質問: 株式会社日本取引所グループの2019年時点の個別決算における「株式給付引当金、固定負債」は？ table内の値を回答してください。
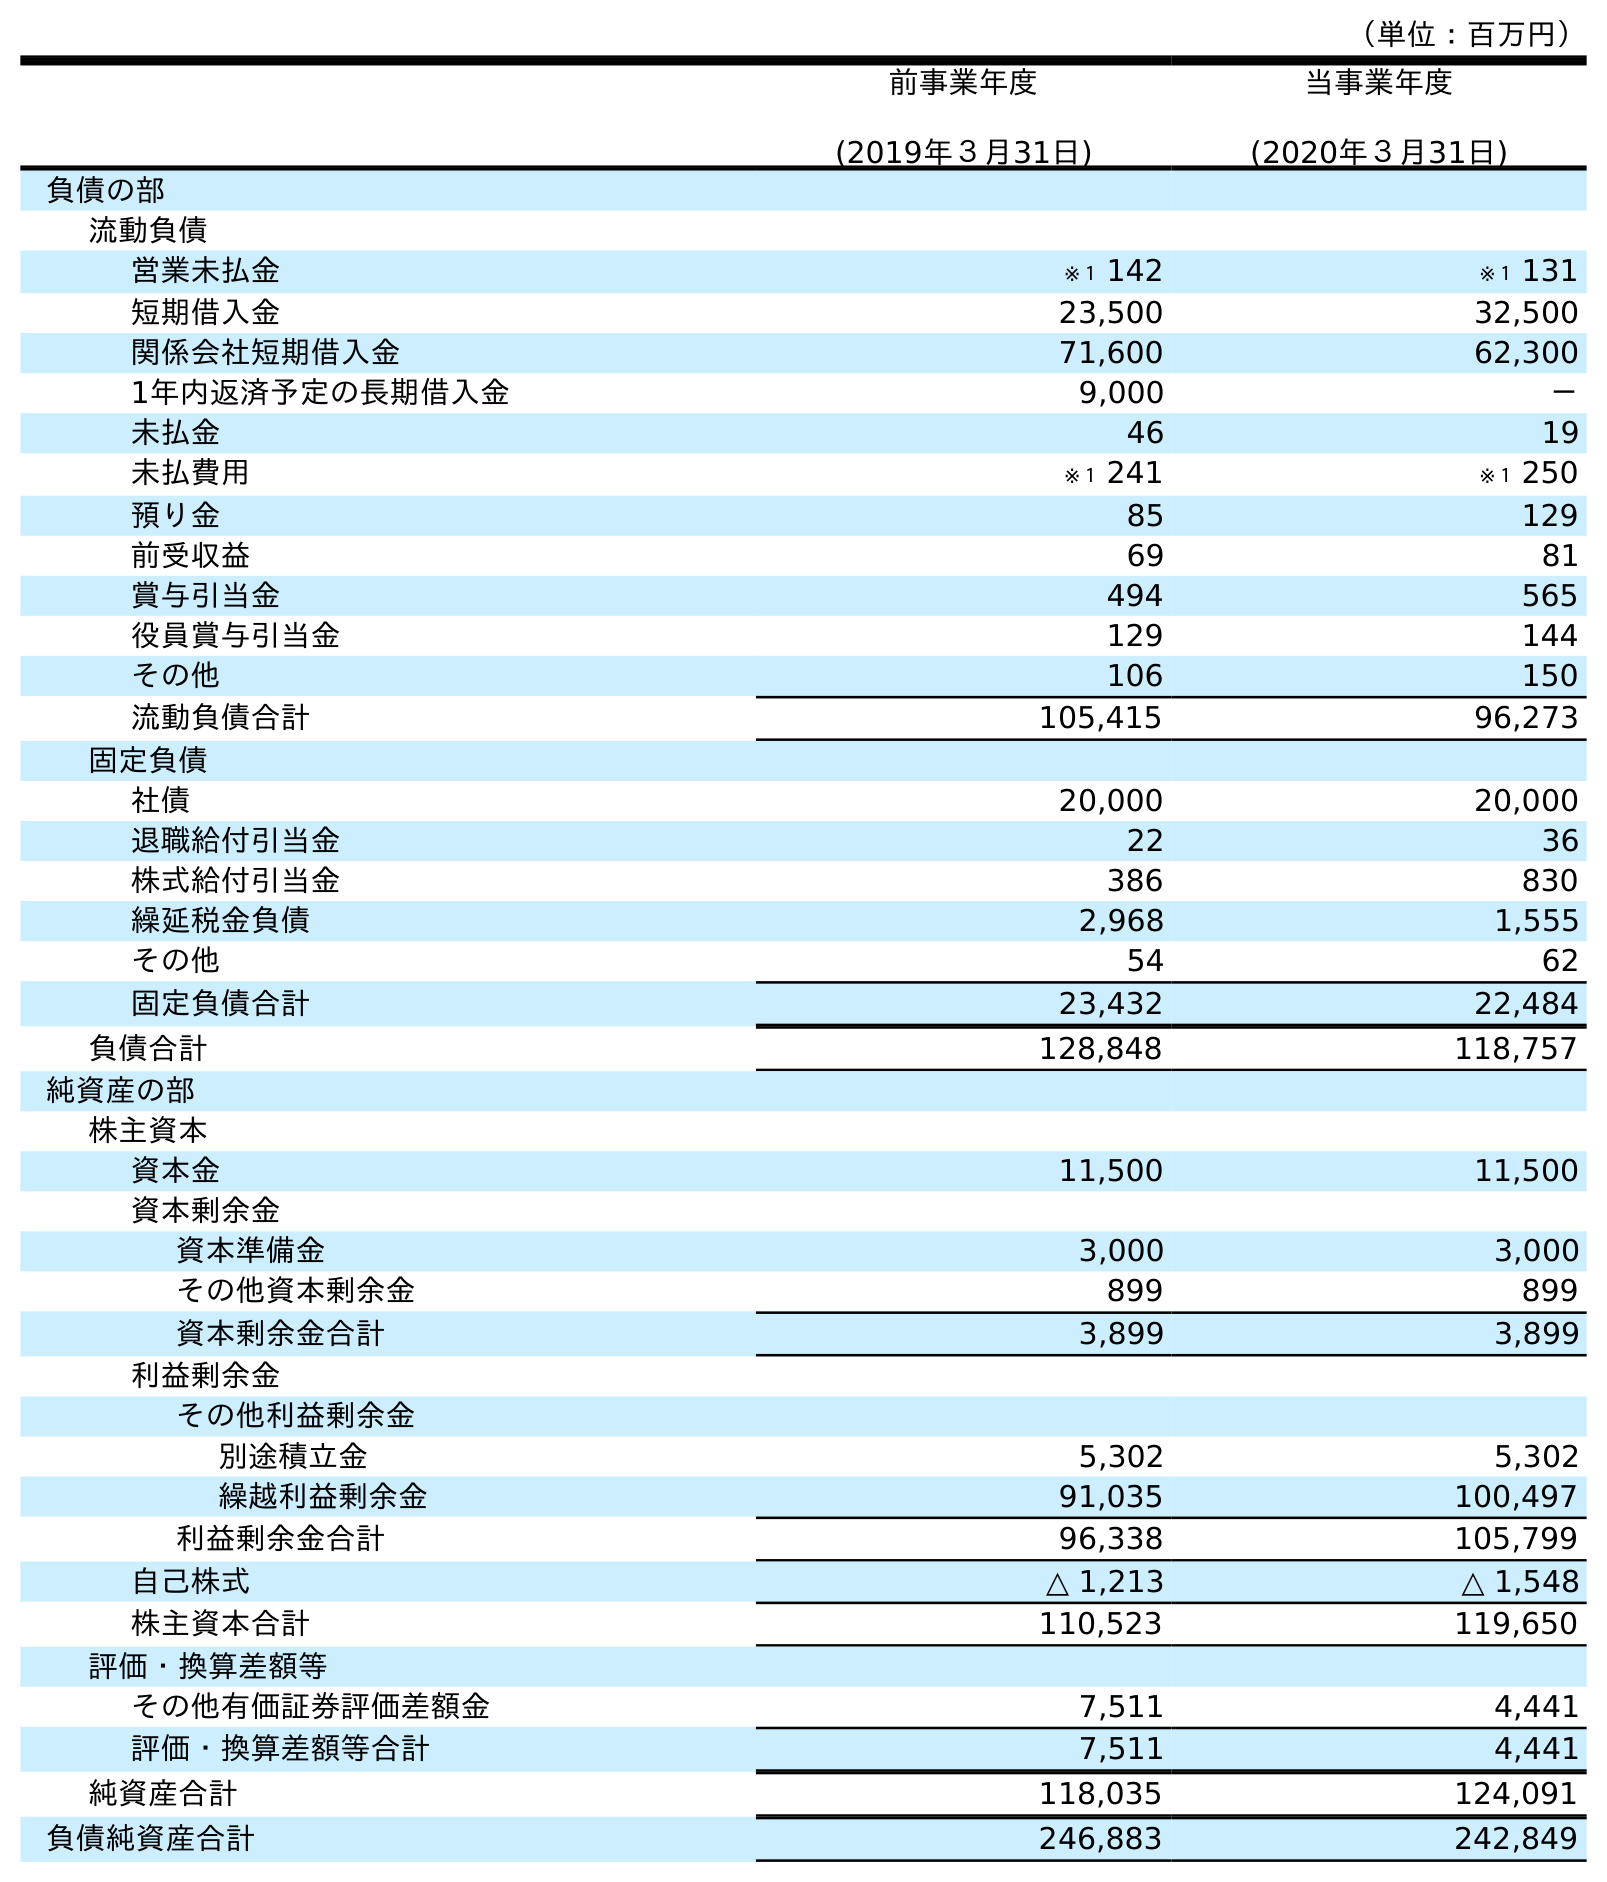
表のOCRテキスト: （単位：百万円） 前事業年度 (2019年３月31日) 当事業年度 (2020年３月31日) 負債の部 流動負債 営業未払金 ※１ 142 ※１ 131 短期借入金 23,500 32,500 関係会社短期借入金 71,600 62,300 1年内返済予定の長期借入金 9,000 － 未払金 46 19 未払費用 ※１ 241 ※１ 250 預り金 85 129 前受収益 69 81 賞与引当金 494 565 役員賞与引当金 129 144 その他 106 150 流動負債合計 105,415 96,273 固定負債 社債 20,000 20,000 退職給付引当金 22 36 株式給付引当金 386 830 繰延税金負債 2,968 1,555 その他 54 62 固定負債合計 23,432 22,484 負債合計 128,848 118,757 純資産の部 株主資本 資本金 11,500 11,500 資本剰余金 資本準備金 3,000 3,000 その他資本剰余金 899 899 資本剰余金合計 3,899 3,899 利益剰余金 その他利益剰余金 別途積立金 5,302 5,302 繰越利益剰余金 91,035 100,497 利益剰余金合計 96,338 105,799 自己株式 △ 1,213 △ 1,548 株主資本合計 110,523 119,650 評価・換算差額等 その他有価証券評価差額金 7,511 4,441 評価・換算差額等合計 7,511 4,441 純資産合計 118,035 124,091 負債純資産合計 246,883 242,849
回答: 386